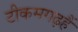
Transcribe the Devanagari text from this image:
टीकमगढ़हैं